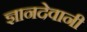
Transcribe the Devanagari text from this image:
ज्ञानदेवानी